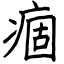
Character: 痼